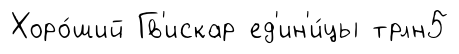
Хоро́ший Гв'искар ед'ин'и́цы трлн5